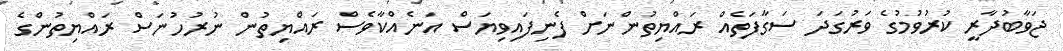
ޖަވާބުދާރީ ކުރުވުމުގެ ވަރުގަދަ ސަގާފަތެއް ރައްޔިތުންނަށް ފެނިފައިވިޔަސް އަނެއްކާވެސް ރައްޔިތުން ނުރުހުނަސް ރައްޔިތުންގެ